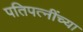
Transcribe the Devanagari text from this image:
पतिपत्‍नींच्या